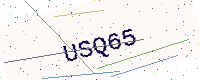
Text: USQ65